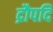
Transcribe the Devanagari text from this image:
द्रौपदि